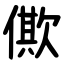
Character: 僛